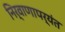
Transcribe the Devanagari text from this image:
निर्वाणापर्यंत